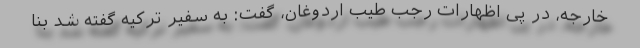
خارجه، در پی اظهارات رجب طیب اردوغان، گفت: به سفیر ترکیه گفته شد بنا